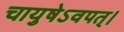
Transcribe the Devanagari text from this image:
चायुषेऽवपत्।